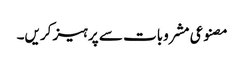
مصنوعی مشروبات سے پرہیز کریں۔